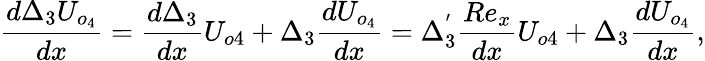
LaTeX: \frac{d\Delta_{3}U_{o_{4}}}{dx}=\frac{d\Delta_{3}}{dx}U_{o4}+\Delta_{3}\frac{dU_{o_{4}}}{dx}=\Delta_{3}^{'}\frac{Re_{x}}{dx}U_{o4}+\Delta_{3}\frac{dU_{o_{4}}}{dx},